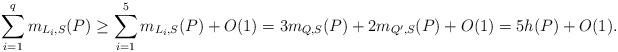
LaTeX: \begin{align*}\sum_{i=1}^q m_{L_i,S}(P)\geq \sum_{i=1}^5 m_{L_i,S}(P)+O(1)=3m_{Q,S}(P)+2m_{Q',S}(P)+O(1)=5h(P)+O(1).\end{align*}